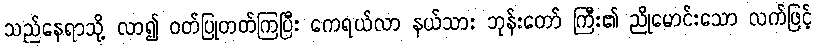
သည်နေရာသို့ လာ၍ ဝတ်ပြုတတ်ကြပြီး ကေရယ်လာ နယ်သား ဘုန်းတော် ကြီး၏ ညိုမောင်းသော လက်ဖြင့်